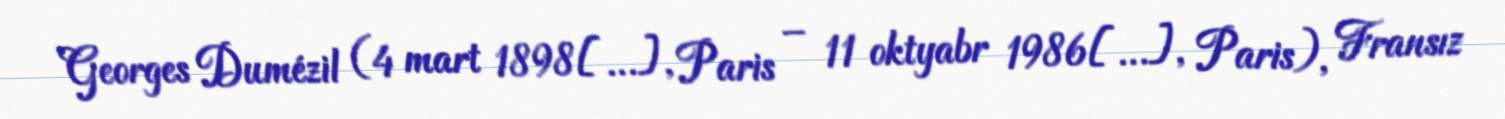
Georges Dumézil (4 mart 1898[…], Paris – 11 oktyabr 1986[…], Paris), Fransız